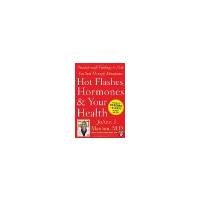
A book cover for Hot Flashes, Hormones, and Your Health Breakthrough Findings to Help You Sail Through Menopause [Harvard Medical School Guides] by JoAnn E. Manson, Shari S. Bassuk [McGraw-Hill,2006] [Hardcover]; Education & Teaching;